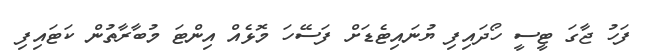
ފަހު ޖާގަ ޓީސީ ހޯދައިފި ޔުނައިޓެޑަށް ފަސޭހަ މޮޅެއް އިންޓަ މުބާރާތުން ކަޓައިފި